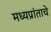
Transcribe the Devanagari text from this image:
मध्यप्रांताचे